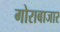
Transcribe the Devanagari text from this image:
गोराबाजार